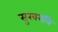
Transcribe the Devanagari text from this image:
सुखरात्रि